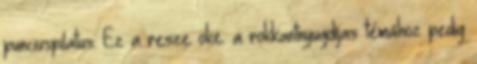
punciuspilatus: Ez a resze oke. a rokkantnyugdíjas témához pedig